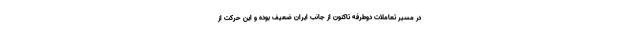
در مسیر تعاملات دوطرفه تاکنون از جانب ایران ضعیف بوده و این حرکت از